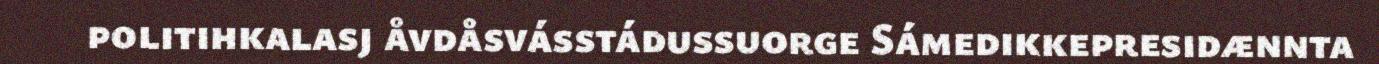
politihkalasj åvdåsvásstádussuorge Sámedikkepresidænnta